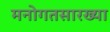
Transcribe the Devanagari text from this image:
मनोगतसारख्या